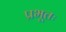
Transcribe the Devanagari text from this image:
प्रभूतः